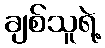
ချစ်သူရဲ့